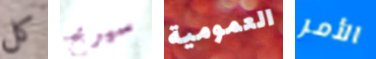
كل سيربح العمومية الأمر